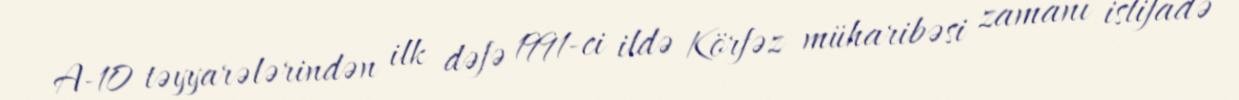
A-10 təyyarələrindən ilk dəfə 1991-ci ildə Körfəz müharibəsi zamanı istifadə